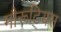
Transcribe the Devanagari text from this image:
मौरूटियस